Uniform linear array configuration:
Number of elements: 64
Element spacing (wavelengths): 0.5
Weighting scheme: uniform
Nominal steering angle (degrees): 30
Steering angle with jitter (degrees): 30.024
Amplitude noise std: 0.05
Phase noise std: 0.05

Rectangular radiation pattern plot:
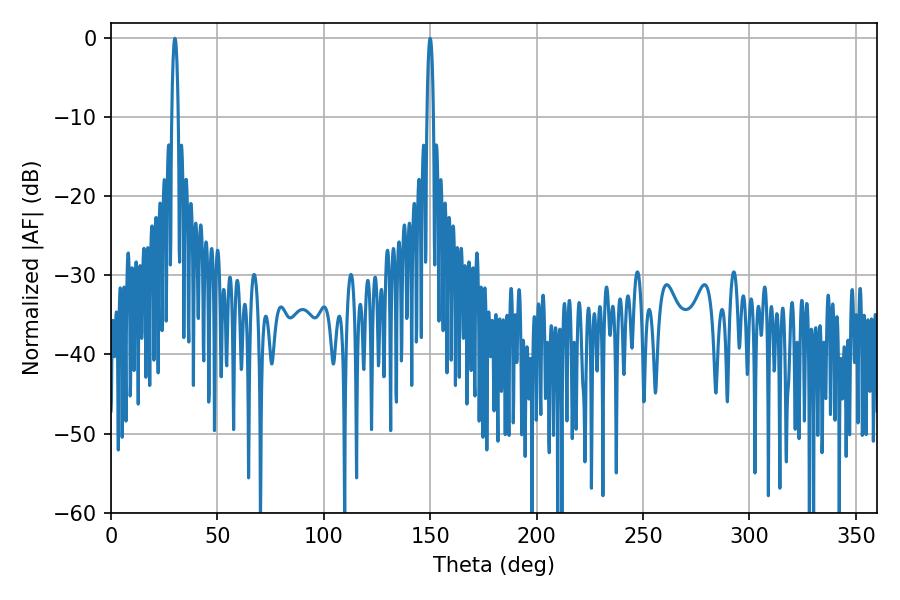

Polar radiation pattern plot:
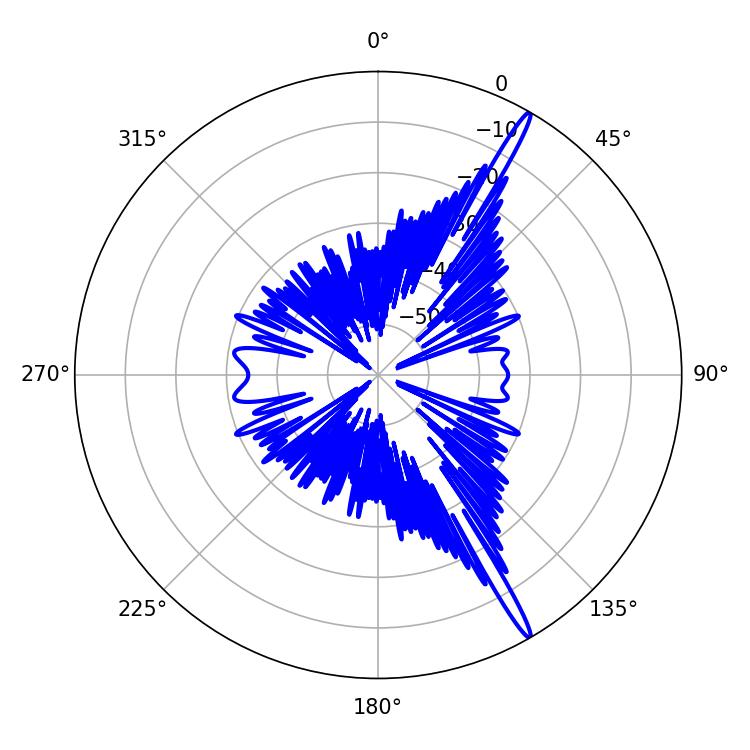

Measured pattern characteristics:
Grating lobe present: FALSE
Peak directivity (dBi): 17.476
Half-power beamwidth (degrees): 1.62
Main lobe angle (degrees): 30.06